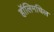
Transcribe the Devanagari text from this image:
हॉलिमधिल